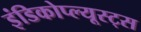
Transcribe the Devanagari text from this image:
इंडिकोप्ल्यूस्ट्स